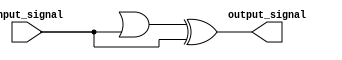
module complex_logic_gate (
    input wire input_signal,
    output wire output_signal
);

wire intermediate_signal1, intermediate_signal2, inverse_input;

assign inverse_input = ~input_signal;
assign intermediate_signal1 = inverse_input & input_signal; // AND gate
assign intermediate_signal2 = inverse_signal1 | input_signal; // OR gate
assign output_signal = intermediate_signal2 ^ input_signal; // XOR gate

endmodule